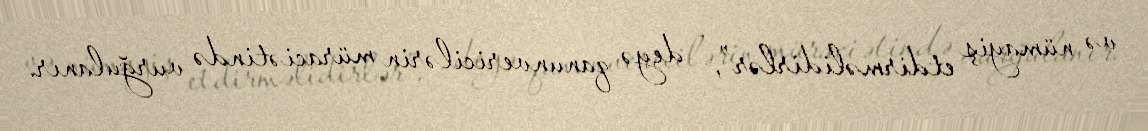
və nümayiş etdirməlidirlər”, - deyə qanunvericilərin müraciətində vurğulanır.